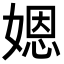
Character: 𡟯